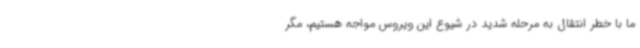
ما با خطر انتقال به مرحله شدید در شیوع این ویروس مواجه هستیم، مگر